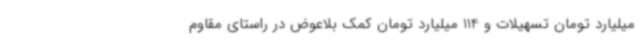
میلیارد تومان تسهیلات و 114 میلیارد تومان کمک بلاعوض در راستای مقاوم